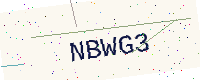
Text: NBWG3